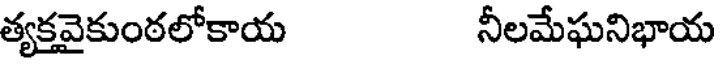
త్యక్తవైకుంఠలోకాయ నీలమేఘనిభాయ